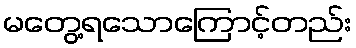
မတွေ့ရသောကြောင့်တည်း